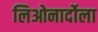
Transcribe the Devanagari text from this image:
लिओनार्दोला